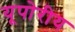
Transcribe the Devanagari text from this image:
यूपोरीय